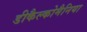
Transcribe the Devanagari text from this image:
डीकैल्कोमैनिया